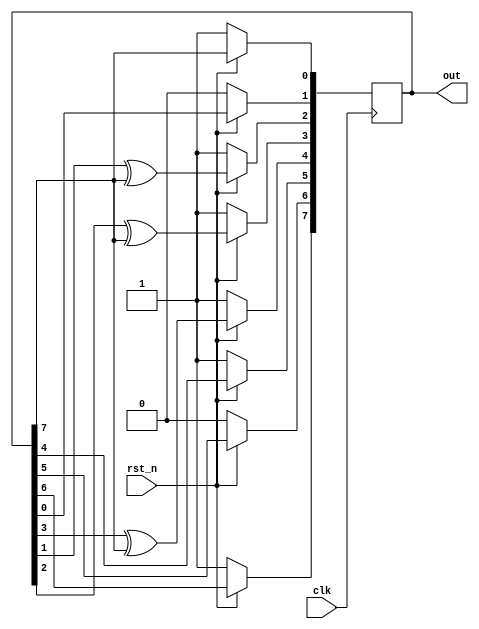
`timescale 1ns/1ps

module One_TO_Many_LFSR(clk, rst_n, out);
    input clk;
    input rst_n;
    output reg [8-1:0] out;

    wire out1_7, out2_7, out3_7;

    assign out3_7 = out[3] ^ out[7];
    assign out1_7 = out[1] ^ out[7];
    assign out2_7 = out[2] ^ out[7];

    always @(posedge clk) begin
        if (!rst_n) begin
            out <= 8'b10111101;
        end
        else begin
            out[7] <= out[6];
            out[6] <= out[5];
            out[5] <= out[4];
            out[4] <= out3_7;
            out[3] <= out2_7;
            out[2] <= out1_7;
            out[1] <= out[0];
            out[0] <= out[7];
        end
    end

endmodule